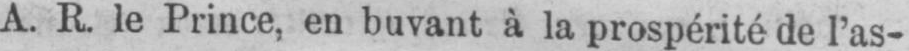
A. R le Prince, en buvant à la prospérité de l’as-